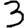
Digit: 3